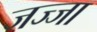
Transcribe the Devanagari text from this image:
जज्जा